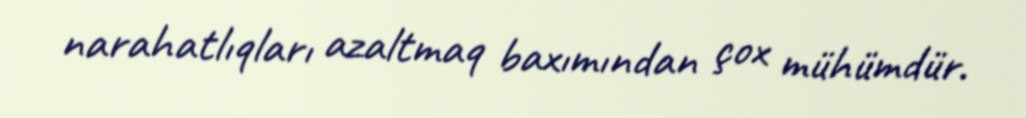
narahatlıqları azaltmaq baxımından çox mühümdür.